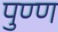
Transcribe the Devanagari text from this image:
पुण्ण